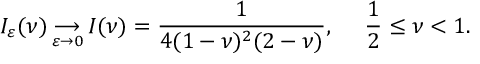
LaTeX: I _ { \varepsilon } ( \nu ) \mathop { \longrightarrow } _ { \varepsilon \rightarrow 0 } I ( \nu ) = \frac { 1 } { 4 ( 1 - \nu ) ^ { 2 } ( 2 - \nu ) } , \, \, \, \, \, \, \, \, \frac { 1 } { 2 } \leq \nu < 1 .